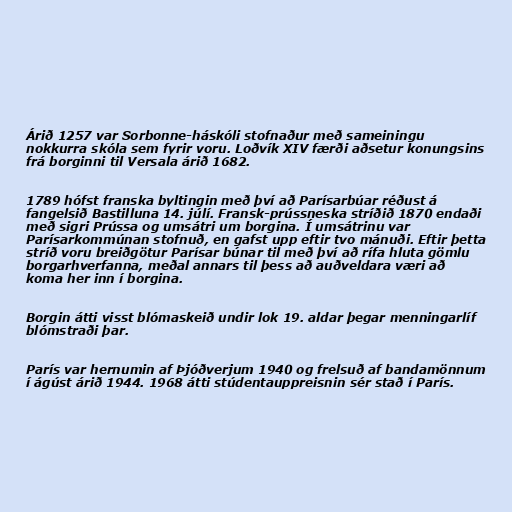
Árið 1257 var Sorbonne-háskóli stofnaður með sameiningu
nokkurra skóla sem fyrir voru. Loðvík XIV færði aðsetur konungsins
frá borginni til Versala árið 1682.

1789 hófst franska byltingin með því að Parísarbúar réðust á
fangelsið Bastilluna 14. júlí. Fransk-prússneska stríðið 1870 endaði
með sigri Prússa og umsátri um borgina. Í umsátrinu var
Parísarkommúnan stofnuð, en gafst upp eftir tvo mánuði. Eftir þetta
stríð voru breiðgötur Parísar búnar til með því að rífa hluta gömlu
borgarhverfanna, meðal annars til þess að auðveldara væri að
koma her inn í borgina.

Borgin átti visst blómaskeið undir lok 19. aldar þegar menningarlíf
blómstraði þar.

París var hernumin af Þjóðverjum 1940 og frelsuð af bandamönnum
í ágúst árið 1944. 1968 átti stúdentauppreisnin sér stað í París.